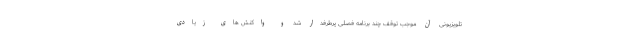
تلویزیونی آن موجب توقف چند برنامه فصلی پرطرفدار شد و واکنش های زیادی